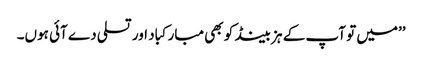
’’میں تو آپ کے ہزبینڈ کو بھی مبارکباد اور تسلی دے آئی ہوں۔